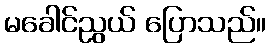
မခေါင်ညွယ် ပြောသည်။